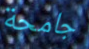
جامحة